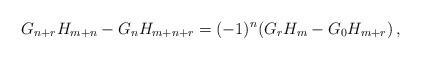
LaTeX: \begin{align*}G_{n + r} H_{m + n} - G_n H_{m + n + r} = ( - 1)^n (G_r H_m - G_0 H_{m + r} )\,,\end{align*}